Source: Handwritten
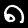
Digit: ၈ (8)